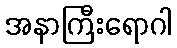
အနာကြီးရောဂါ